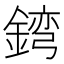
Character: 𲇓